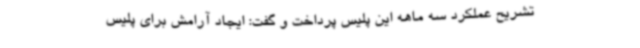
تشریح عملکرد سه ماهه این پلیس پرداخت و گفت: ایجاد آرامش برای پلیس